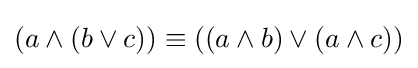
(a\land (b\lor c))\equiv ((a\land b)\lor (a\land c))